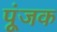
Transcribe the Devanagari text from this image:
पूंजक